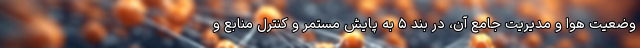
وضعیت هوا و مدیریت جامع آن، در بند ۵ به پایش مستمر و کنترل منابع و